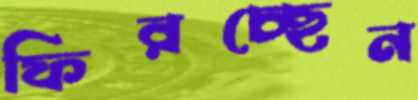
ফিরচ্ছেন